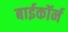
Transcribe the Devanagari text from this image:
बाईकॉर्न